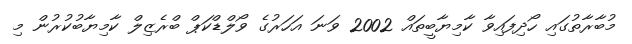
މުބާރާތުގައި ހޯދިފައިވާ ކާމިޔާބީތައް 2002 ވަނަ އަހަރުގެ ވޯލްޑްކަޕް ބްރެޒިލް ކާމިޔާބުކުރުން މި